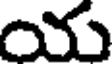
య